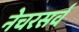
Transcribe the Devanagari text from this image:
नेचरसर्व